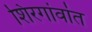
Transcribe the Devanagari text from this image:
शिरगांवांत